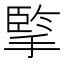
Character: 𢱯